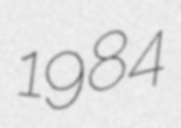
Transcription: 1984